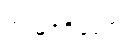
အမြင့်ရှိသော